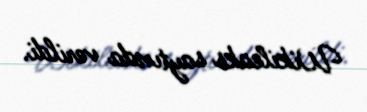
Wikileaks saytında verildi.